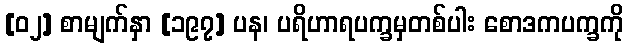
[၀၂] စာမျက်နှာ [၁၉၇] ပန၊ ပရိဟာရပက္ခမှတစ်ပါး စောဒကပက္ခကို